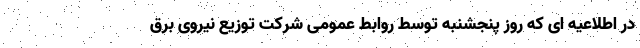
در اطلاعیه ای که روز پنجشنبه توسط روابط عمومی شرکت توزیع نیروی برق